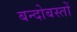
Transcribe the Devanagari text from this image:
बन्दोबस्तों